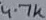
Text: 4.7k